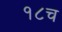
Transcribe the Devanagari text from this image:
१८च